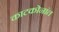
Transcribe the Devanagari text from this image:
काटकोनांत